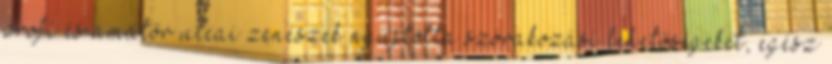
profi és amatőr utcai zenészek nyújtotta szórakozási lehetőségeket, egész